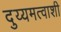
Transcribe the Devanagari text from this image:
दुय्यमत्वाशी